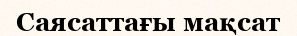
Саясаттағы мақсат